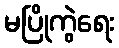
မပြိုကွဲရေး